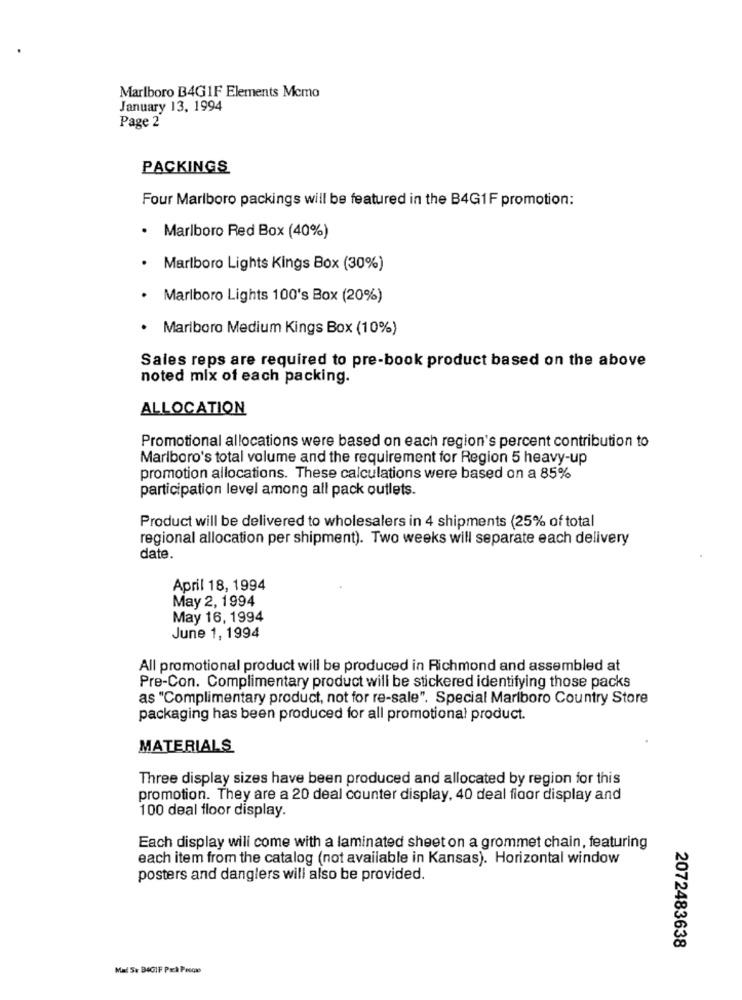
Marlboro B4GIF Elements Mcmo
January 13, 1994
Page 2
PACKINGS
Four Marlboro packings will be featured in the B4G1F promotion:
.
Marlboro Red Box (40%)
Marlboro Lights Kings Box (30%)
Marlboro Lights 100's Box (20%)
Marlboro Medium Kings Box (10%)
Sales reps are required to pre-book product based on the above
noted mix of each packing.
ALLOCATION
Promotional allocations were based on each region's percent contribution to
Marlboro's total volume and the requirement for Region 5 heavy-up
promotion allocations. These calculations were based on a 85%
participation level among all pack outlets.
Product will be delivered to wholesalers in 4 shipments (25% of total
regional allocation per shipment). Two weeks will separate each delivery
date.
April 18, 1994
May 2, 1994
May 16, 1994
June 1, 1994
All promotional product will be produced in Richmond and assembled at
Pre-Con. Complimentary product will be stickered identifying those packs
as "Complimentary product, not for re-sale". Special Marlboro Country Store
packaging has been produced for all promotional product.
MATERIALS
Three display sizes have been produced and allocated by region for this
promotion. They are a 20 deal counter display, 40 deal floor display and
100 deal floor display.
Each display will come with a laminated sheet on a grommet chain, featuring
each item from the catalog (not available in Kansas). Horizontal window
posters and danglers will also be provided.
2072483638
Mal St BIGIF Pick Peccae